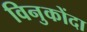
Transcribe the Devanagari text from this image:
विनुकोंदा